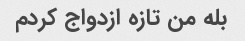
بله من تازه ازدواج کردم